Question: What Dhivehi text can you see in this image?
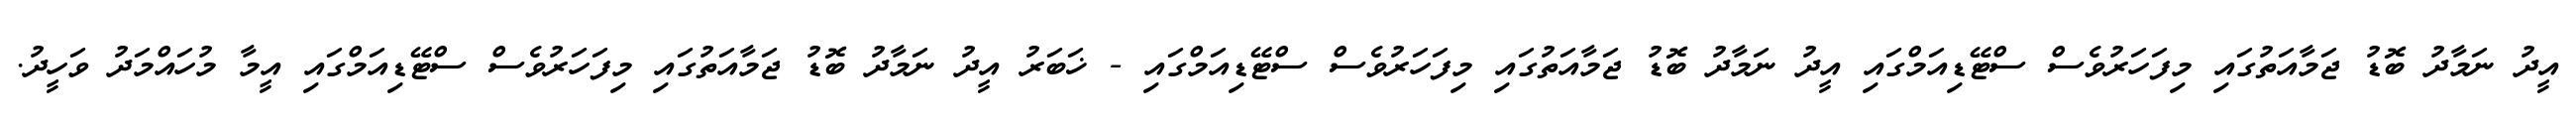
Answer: އީދު ނަމާދު ބޮޑު ޖަމާއަތުގައި މިފަހަރުވެސް ސްޓޭޑިއަމްގައި އީދު ނަމާދު ބޮޑު ޖަމާއަތުގައި މިފަހަރުވެސް ސްޓޭޑިއަމްގައި - ޚަބަރު އީދު ނަމާދު ބޮޑު ޖަމާއަތުގައި މިފަހަރުވެސް ސްޓޭޑިއަމްގައި އީމާ މުހައްމަދު ވަހީދު.